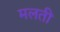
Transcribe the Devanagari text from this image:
मलती